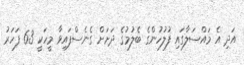
އަދި އެ މައްސަލާގައި ފުލުހުންގެ ބެލުމުގެ ދަށަށް ގެނެސްފައިވާ މީހަކީ 63 ފަހަރު